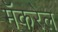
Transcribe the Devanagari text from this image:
मॅकरेल